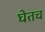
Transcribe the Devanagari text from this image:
घेतच